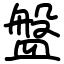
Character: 盤